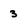
Character: 3